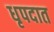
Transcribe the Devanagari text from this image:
धृपदात